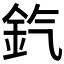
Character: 𨥊